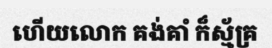
ហើយលោក គង់គាំ ក៏ស្ម័គ្រ